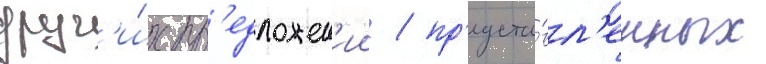
друг'и́х пр'едложен'ии / пр'едста́вл'енных